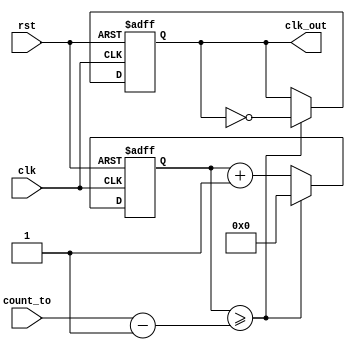
module clk_divider(clk, rst, count_to, clk_out);

// IO declaration 
input wire clk;
input wire rst;
input wire [20:0] count_to;
output reg clk_out;

// inner reg 
reg [20:0] count;

// clock divider logic - create clock with half period of count_to
always @(posedge clk or negedge rst)
	begin
		if (~rst) begin 
				count <= 21'b0;
				clk_out = 0;
		end else if (count >= count_to - 1'b1) begin 
			count <= 21'b0;
			clk_out = (~clk_out); // change the clock
		end else begin 
			count <= count + 21'b1;
		end 
	end
	
endmodule